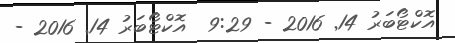
އޮކްޓޯބަރު 14